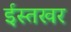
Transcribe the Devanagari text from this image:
ईस्तखर